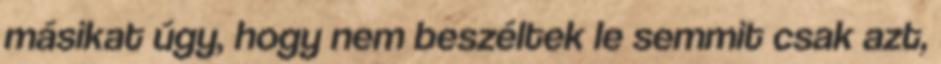
másikat úgy, hogy nem beszéltek le semmit csak azt,